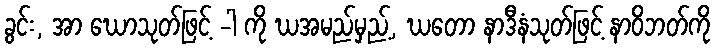
ခွင်း, အာ ဃောသုတ်ဖြင့် -ါ ကို ဃအမည်မှည့်, ဃတော နာဒီနံသုတ်ဖြင့် နာဝိဘတ်ကို